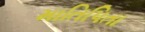
માતિપિતા